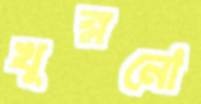
খুব্‌লনো